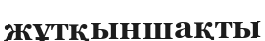
жұтқыншақты